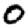
Digit: 0